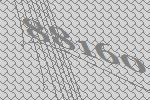
88160